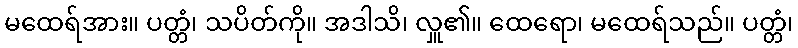
မထေရ်အား။ ပတ္တံ၊ သပိတ်ကို။ အဒါသိ၊ လှူ၏။ ထေရော၊ မထေရ်သည်။ ပတ္တံ၊